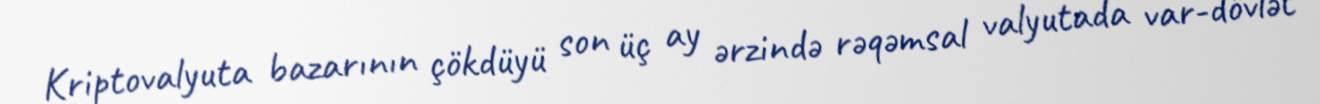
Kriptovalyuta bazarının çökdüyü son üç ay ərzində rəqəmsal valyutada var-dövlət